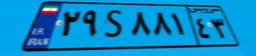
۸۴S۶۴۲۰۷